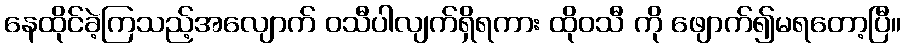
နေထိုင်ခဲ့ကြသည့်အလျောက် ဝသီပါလျက်ရှိရကား ထိုဝသီ ကို ဖျောက်၍မရတော့ပြီ။